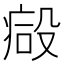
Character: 𣪪